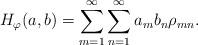
LaTeX: \begin{align*} H_\varphi(a,b) = \sum_{m=1}^\infty \sum_{n=1}^\infty a_m b_n \rho_{mn}. \end{align*}